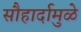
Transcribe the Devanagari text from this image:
सौहार्दामुळे